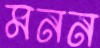
মনন